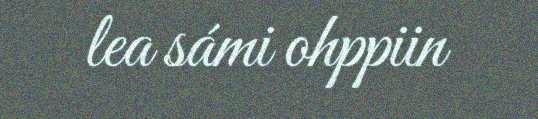
lea sámi ohppiin